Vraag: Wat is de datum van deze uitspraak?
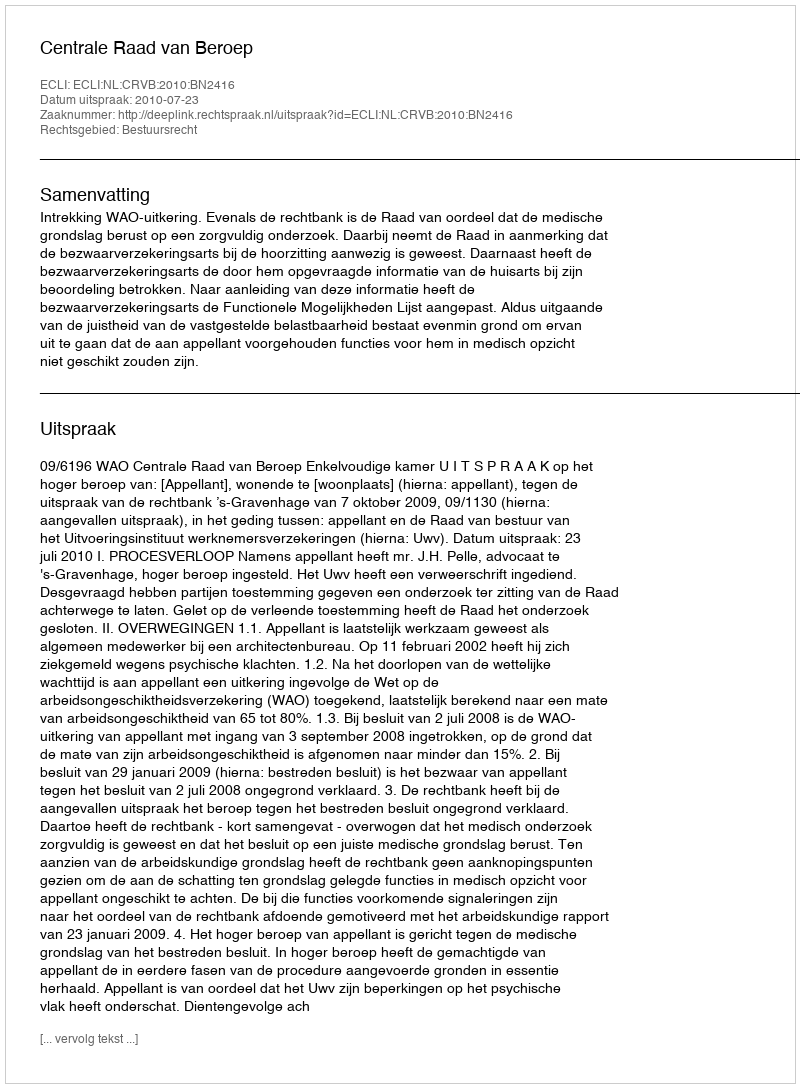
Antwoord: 2010-07-23